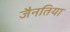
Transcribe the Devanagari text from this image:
जैनतिया